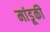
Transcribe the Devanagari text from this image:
मांडूकी